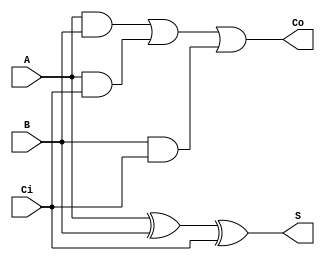
module FullAdder(input A, input B, input Ci, output S, output Co);
 assign Co = (A & B) | (A & Ci) | (B & Ci);
 assign S = (A ^ B) ^ Ci;
endmodule